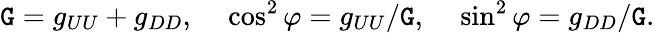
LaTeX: \mathtt{G}=g_{UU}+g_{DD},\ \ \ \ \cos^{2}\varphi=g_{UU}/\mathtt{G},\ \ \ \ \sin^{2}\varphi=g_{DD}/\mathtt{G}.